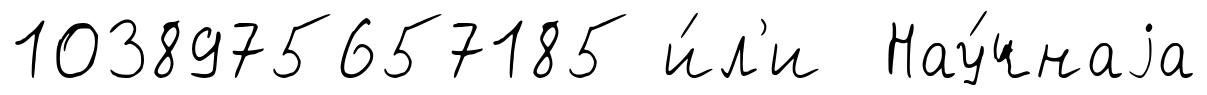
1038975657185 и́л'и Нау́чнаjа